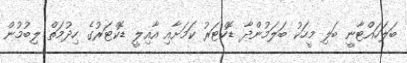
ބަލަހައްޓާނީ ބަލި މީހަކު ބަލަމުންދާ ޑޮކްޓަރު ކަމަށާއި އާއިލީ ޑޮކްޓަރުގެ ހިދުމަތް ލިބުމުން